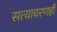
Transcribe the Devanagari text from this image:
सत्याचरणही